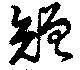
矰